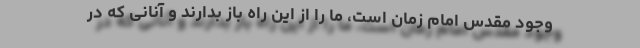
وجود مقدس امام زمان است، ما را از این راه باز بدارند و آنانی که در